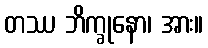
တဿ ဘိက္ခုနော၊ အား။